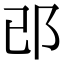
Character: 𨙬